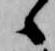
候